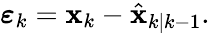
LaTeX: \begin{array}{r}{\boldsymbol{\varepsilon}_{k}=\mathbf{x}_{k}-\hat{\mathbf{x}}_{k|k-1}.}\end{array}